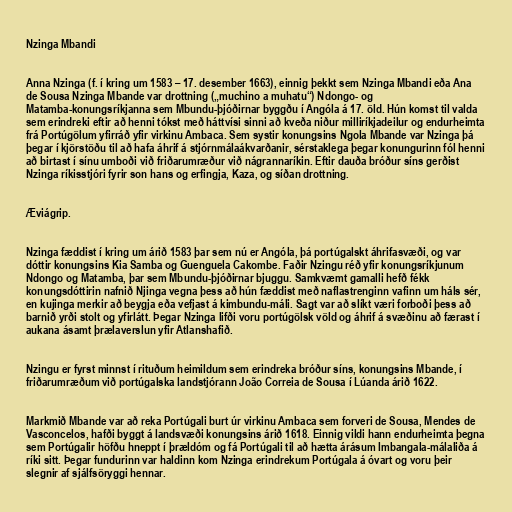
Nzinga Mbandi

Anna Nzinga (f. í kring um 1583 – 17. desember 1663), einnig þekkt sem Nzinga Mbandi eða Ana
de Sousa Nzinga Mbande var drottning („muchino a muhatu“) Ndongo- og
Matamba-konungsríkjanna sem Mbundu-þjóðirnar byggðu í Angóla á 17. öld. Hún komst til valda
sem erindreki eftir að henni tókst með háttvísi sinni að kveða niður milliríkjadeilur og endurheimta
frá Portúgölum yfirráð yfir virkinu Ambaca. Sem systir konungsins Ngola Mbande var Nzinga þá
þegar í kjörstöðu til að hafa áhrif á stjórnmálaákvarðanir, sérstaklega þegar konungurinn fól henni
að birtast í sínu umboði við friðarumræður við nágrannaríkin. Eftir dauða bróður síns gerðist
Nzinga ríkisstjóri fyrir son hans og erfingja, Kaza, og síðan drottning.

Æviágrip.

Nzinga fæddist í kring um árið 1583 þar sem nú er Angóla, þá portúgalskt áhrifasvæði, og var
dóttir konungsins Kia Samba og Guenguela Cakombe. Faðir Nzingu réð yfir konungsríkjunum
Ndongo og Matamba, þar sem Mbundu-þjóðirnar bjuggu. Samkvæmt gamalli hefð fékk
konungsdóttirin nafnið Njinga vegna þess að hún fæddist með naflastrenginn vafinn um háls sér,
en kujinga merkir að beygja eða vefjast á kimbundu-máli. Sagt var að slíkt væri forboði þess að
barnið yrði stolt og yfirlátt. Þegar Nzinga lifði voru portúgölsk völd og áhrif á svæðinu að færast í
aukana ásamt þrælaverslun yfir Atlanshafið.

Nzingu er fyrst minnst í rituðum heimildum sem erindreka bróður síns, konungsins Mbande, í
friðarumræðum við portúgalska landstjórann João Correia de Sousa í Lúanda árið 1622.

Markmið Mbande var að reka Portúgali burt úr virkinu Ambaca sem forveri de Sousa, Mendes de
Vasconcelos, hafði byggt á landsvæði konungsins árið 1618. Einnig vildi hann endurheimta þegna
sem Portúgalir höfðu hneppt í þrældóm og fá Portúgali til að hætta árásum Imbangala-málaliða á
ríki sitt. Þegar fundurinn var haldinn kom Nzinga erindrekum Portúgala á óvart og voru þeir
slegnir af sjálfsöryggi hennar.